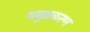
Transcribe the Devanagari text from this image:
मनुप्रकरण